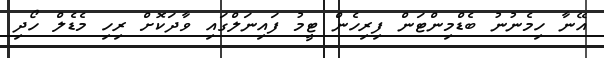
އޭނާ ހިމެނުނު ބެޑްމިންޓަން ފިރިހެން ޓީމު ފައިނަލްގައި ވާދަކޮށް ރިހި މެޑެލް ހޯދި